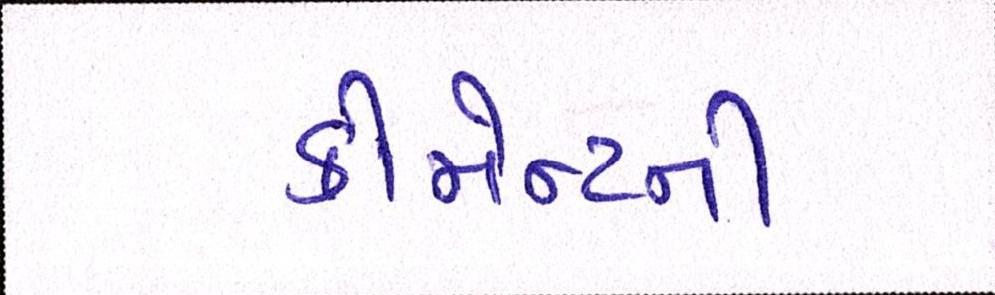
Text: કોમેન્ટની